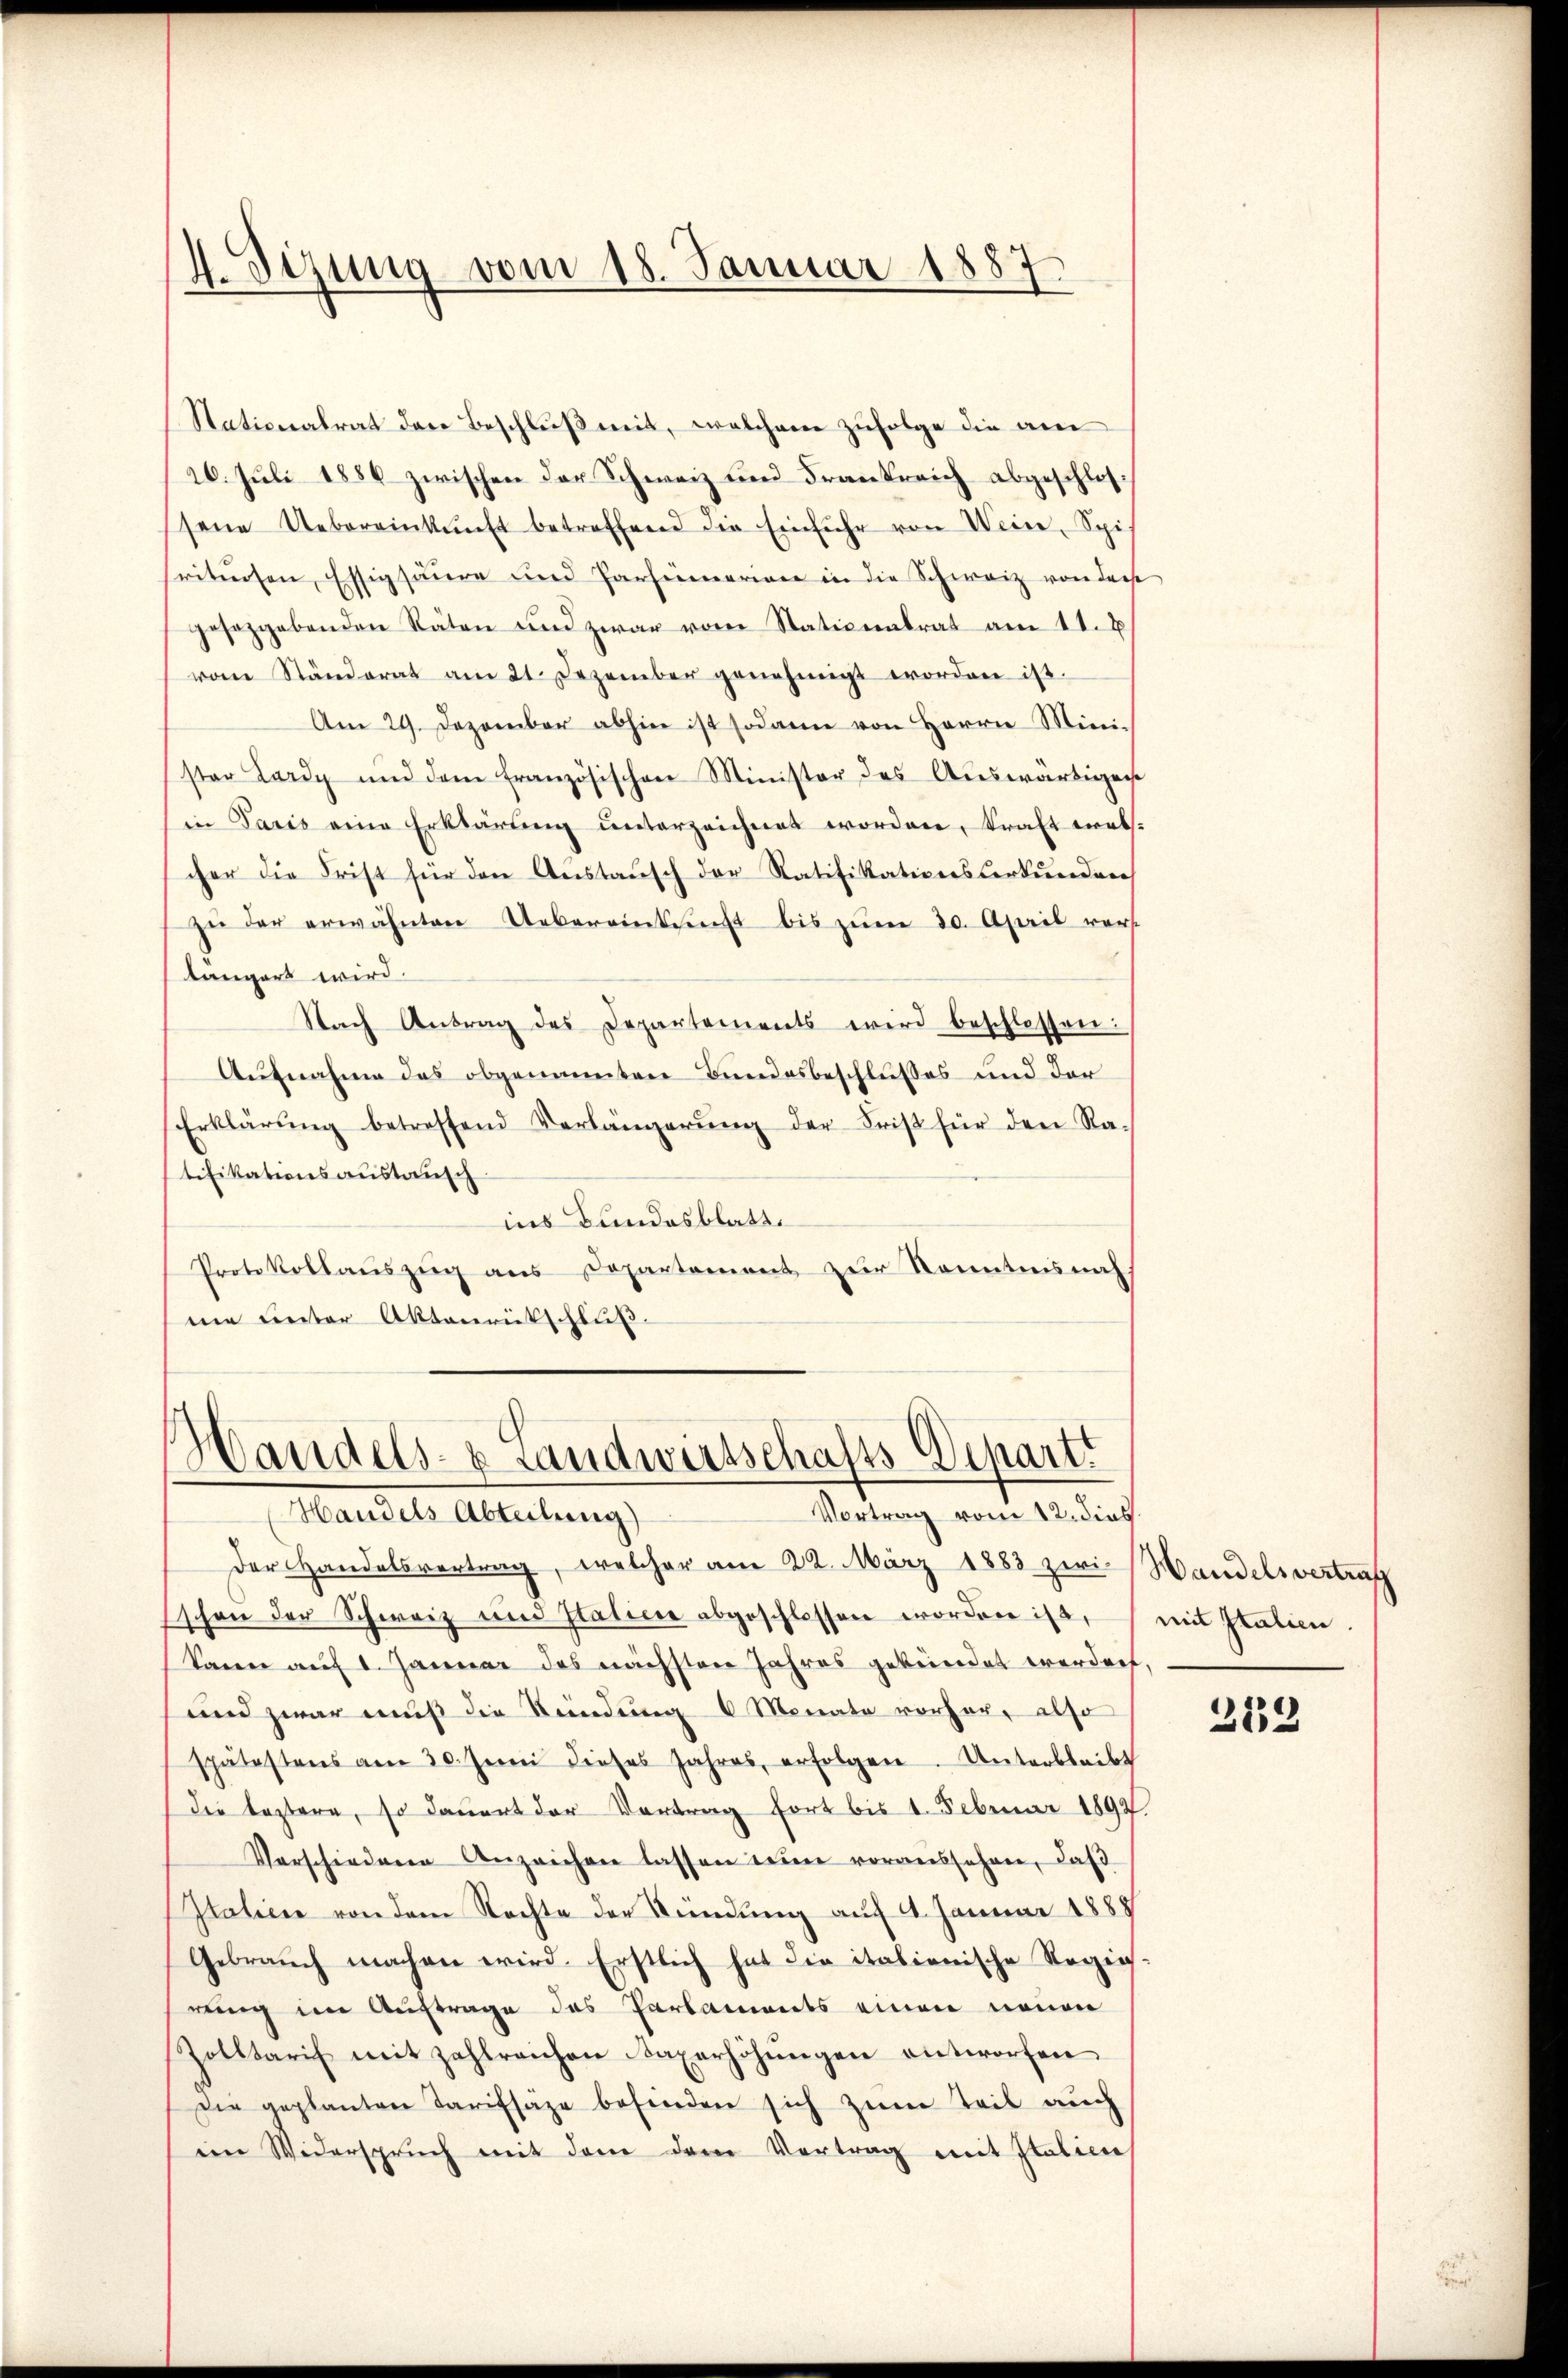
4. Sizung vom 18. Januar 1887

Nationalrat den Beschluß mit, welchem zufolge die am
26. Juli 1886 zwischen der Schweiz und Frankreich abgeschlossene Uebereinkunft betreffend die Einführ von Wein, Spit
srituosen, Essigsäure und Parheimariane in die Schweiz von derse
gesetzgebenden Räten und zwar von Stationalrat am 11. V
vom Ständerat am 21. Dezember genehmigt worden ist.
Am 29. Dezember abhin ist sodann von Herrn Mini-
ster Lardy und dem französischen Minister des Aŭswärtigen
in Paris eine Erklärung unterzeichnet worden, kraft walcher die Frist für den Austausch der Ratifikationsverkunden
zŭ der erwähnten Uebereinkunft bis zŭm 30. April vers
längert wird.
Nach Antrag des Departements wird beschlossen:
Aufnahme des obgenannten Bundesbeschlußes und der
Erklärŭng betreffend Verlängerŭng der Frist für den Ra-
tifikationsaustausch
ins Bundesblatt.
Protokollauszug aus Departement zur Kenntnis nach
me unter Aktenrückschluß

Handels- & Landwirtschafts-Depart
Vortrag vom 12. dies
Handels Abteilung)

Der Handelsvertrag, welcher am 22. März 1883 zwi- Handelsvertrag
Eschen der Schweiz und Statiere abgeschlossen worden ist,
kann auf 1. Januar des nächsten Jahres gekündet werden,
und zwar muß die Sendung 6 Monate vorher, also
spätestens am 30. Juni dieses Jahres, erfolgen. Unterbleibt
Die leztere, so dauert der Vortrag fort bis 4. Februar 1892
Verschiedene Anzeichen lassen seine voraussehen, daß
Italien von dem Rechte der Kündung auf 4. Januar 1888
Gebrauch machen wird. Erstlich hat die italienische Regierung im Auftrage des Parlaments einen neuen
Zolltaris mit zahlreichen axerhöhŭngen entworfen
Die geplanten Tarifsäze befinden sich zum Teil auch
im Widerspruch mit dem dem Vortrag mit Italien

mit Italien

212